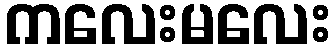
ကလေးမလေး